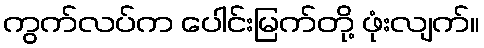
ကွက်လပ်က ပေါင်းမြက်တို့ ဖုံးလျက်။